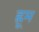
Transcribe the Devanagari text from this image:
ह्नूम